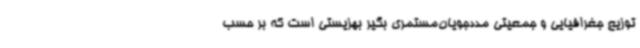
توزیع جغرافیایی و جمعیتی مددجویان‌مستمری بگیر بهزیستی است که بر حسب